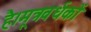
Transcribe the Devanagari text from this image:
है।मूत्रवर्धकों